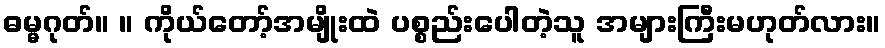
ဓမ္မဂုတ်။ ။ ကိုယ်တော့်အမျိုးထဲ ပစ္စည်းပေါတဲ့သူ အများကြီးမဟုတ်လား။